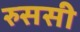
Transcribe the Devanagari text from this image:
रुससी